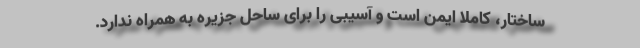
ساختار، کاملا ایمن است و آسیبی را برای ساحل جزیره به همراه ندارد.